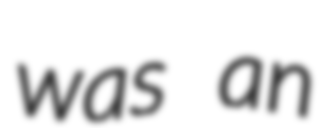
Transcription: was an